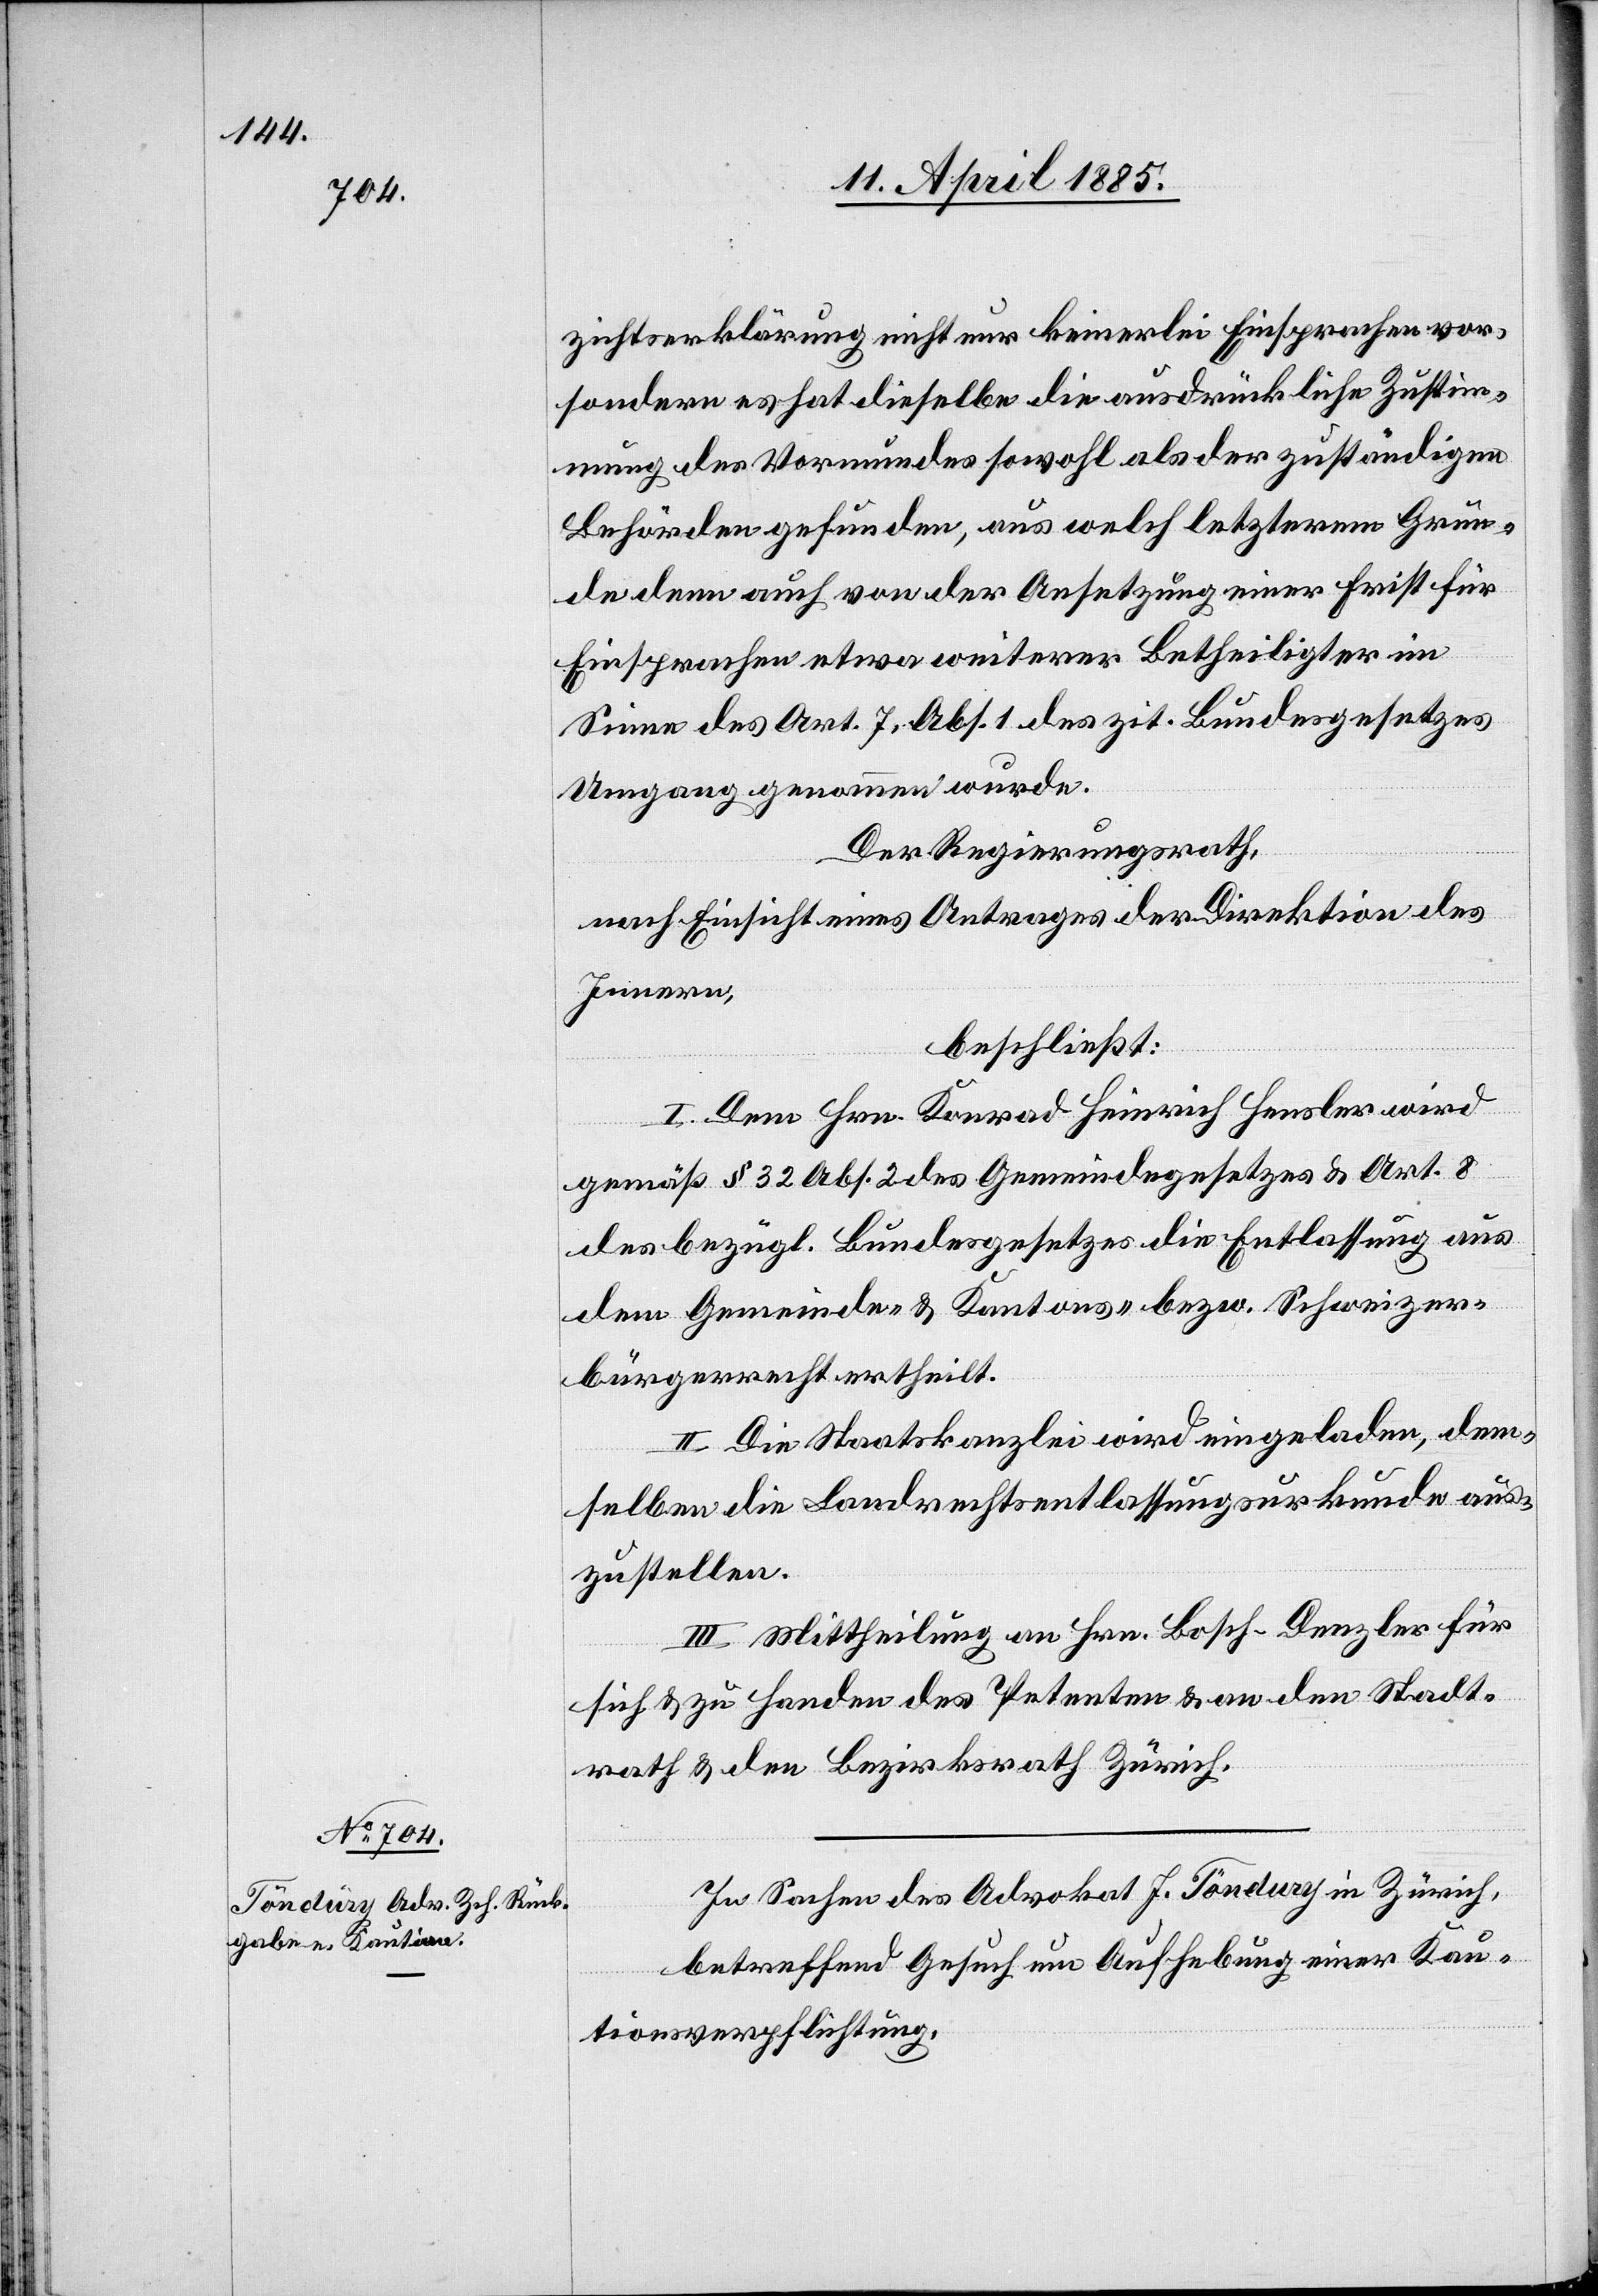
zichtserklärung nicht nur keinerlei Einsprachen vor,
sondern es hat dieselbe die ausdrückliche Zustim¬
mung des Vormundes sowohl als der zuständigen
Behörden gefunden, aus welch letzterem Grun¬
de dann auch von der Ansetzung einer Frist für
Einsprachen etwa weiterer Betheiligter im
Sinne des Art. 7, Abs. 1 des zit. Bundesgesetzes
Umgang genommen wurde.
Der Regierungsrath,
nach Einsicht eines Antrages der Direktion des
Innern,
beschließt:
I. Dem Hrn. Konrad Heinrich Hensler wird
gemäß § 32 Abs. 2 des Gemeindegesetzes & Art. 8
des bezügl. Bundesgesetzes die Entlassung aus
dem Gemeinde- & Kantons- bezw. Schweizer¬
bürgerrecht ertheilt.
II. Die Staatskanzlei wird eingeladen, dem¬
selben die Landrechtsentlassungsurkunde aus¬
zustellen.
III. Mittheilung an Hrn. Bosch-Denzler für
sich & zu Handen des Petenten & an den Stadt¬
rath & den Bezirksrath Zürich.
In Sachen des Advokat J. Töndury in Zürich,
betreffend Gesuch um Aufhebung einer Konze¬
ssionsverpflichtung.